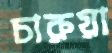
চারুয়া